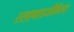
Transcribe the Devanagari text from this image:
रसएवात्रजीवितम्